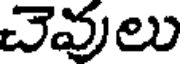
చెవులు